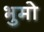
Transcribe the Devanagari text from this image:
भुमो